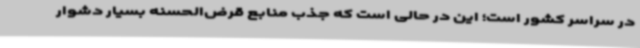
در سراسر کشور است؛ این در حالی است که جذب منابع قرض‌الحسنه بسیار دشوار